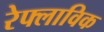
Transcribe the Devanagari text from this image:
रेफ्लाविक